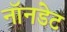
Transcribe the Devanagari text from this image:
नॉनडेट